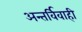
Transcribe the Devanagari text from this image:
अन्तर्विवाही